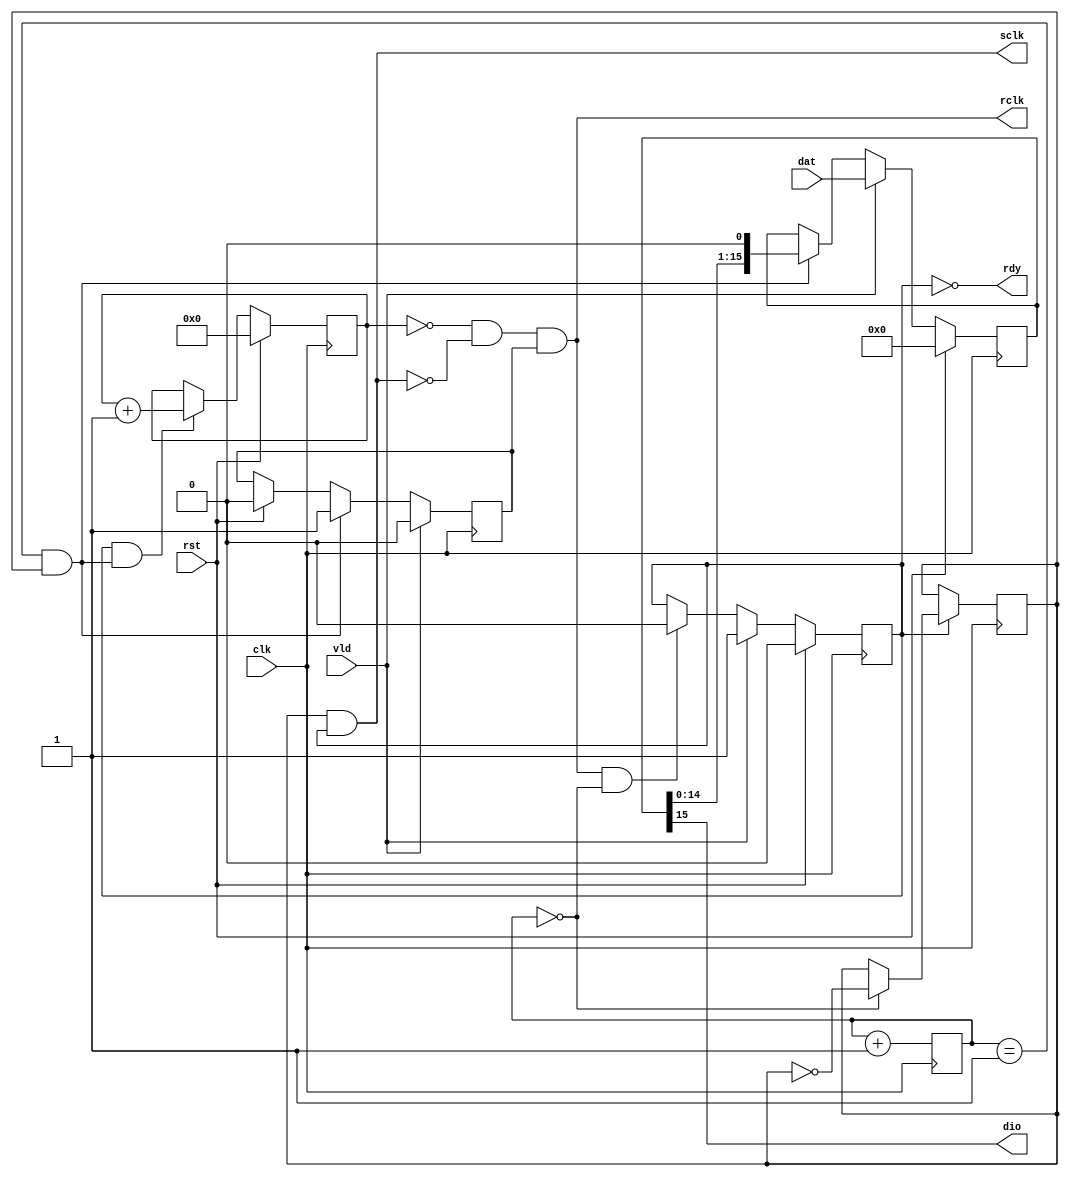
`timescale 1ns / 1ps
//////////////////////////////////////////////////////////////////////////////////
// Company: Computer Engineering Lab - CSE - HCMUT
// 
// Design Name: 7 segment LEDs with shift register IC 74HC595 Controller
// Module Name: mfe_led7seg_74hc595
// Project Name: Make FPGA Easier
// Target Devices: Arty-Z7/any
// Tool Versions: 2018.2/any
// Description: 
// 
// Dependencies: 
// 
// Revision:
// Revision 0.01 - File Created
// Additional Comments:
// 
//////////////////////////////////////////////////////////////////////////////////


module mfe_led7seg_74hc595_controller (
    clk,
    rst,
    dat,
    vld,
    rdy,

    sclk,
    rclk,
    dio
    );

////////////////////////////////////////////////////////////////////////////////
// Parameters
parameter   DIG_NUM       = 8;                      // Number of digits
parameter   SEG_NUM       = 8;                      // Number of segments in a LED
localparam  DAT_WIDTH     = DIG_NUM + SEG_NUM;      // Data width to display a character at a position
parameter   DIV_WIDTH     = 8;                      // Scan freqency div factor from original clock

function integer clogb2;
   input [31:0] value;
   integer 	i;
   begin
      clogb2 = 0;
      for(i = 0; 2**i < value; i = i + 1)
	clogb2 = i + 1;
   end
endfunction

////////////////////////////////////////////////////////////////////////////////
// Ports delcaration
input                     clk;
input                     rst;
input [DAT_WIDTH - 1 : 0] dat;
input                     vld;
output                    rdy;

output                    sclk;
output                    rclk;
output                    dio;

////////////////////////////////////////////////////////////////////////////////
// Logic

reg [DAT_WIDTH - 1 : 0] dat_reg;
reg                     start;

reg [DIV_WIDTH - 1:0]   div_cnt=0;
reg                     sclk_reg=0;
wire                    sclk_enb;

localparam CNT_WIDTH = clogb2(DAT_WIDTH);
reg [CNT_WIDTH - 1 : 0] cnt;
reg                     rclk_enb;
wire                    stop;

assign stop = rclk & (div_cnt == 0);

// Cache data
always @(posedge clk) begin
    if (rst) begin
        dat_reg <= {DAT_WIDTH{1'b0}};
    end
    else if (vld) begin
        dat_reg <= dat;
    end
    else if (sclk_enb) begin
        dat_reg <= dat_reg << 1;
    end
end

// Start controll
always @(posedge clk) begin
    if (rst) begin
        start <= 1'b0;
    end
    else if (vld) begin
        start <= 1'b1;
    end
    else if (stop) begin
        start <= 1'b0;
    end
end

assign rdy = ~start;
assign dio = dat_reg[DAT_WIDTH - 1];

// Generate SCLK
always @(posedge clk) begin
    div_cnt <= div_cnt + 1'b1;
end

assign sclk_enb = (div_cnt == 'd1) & sclk_reg;

always @(posedge clk) begin
    if (start) begin
        if (div_cnt == 0) sclk_reg <= ~sclk_reg;
    end
end

assign sclk = sclk_reg & start;

// Generate RCLK
always @(posedge clk) begin
    if (rst) begin
        cnt <= {CNT_WIDTH{1'b0}};
    end
    else if (start & sclk_enb) begin
        cnt <= cnt + 1'b1;
    end
end

always @(posedge clk) begin
    if (rst) begin
        rclk_enb <= 1'b0;
    end
    if (vld) begin
        rclk_enb <= 1'b0;
    end
    else if (sclk_enb) begin
        rclk_enb <= 1'b1;
    end
end

assign rclk = (cnt == 'd0) & ~sclk & rclk_enb;

endmodule